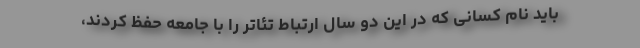
باید نام کسانی که در این دو سال ارتباط تئاتر را با جامعه حفظ کردند،